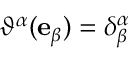
\vartheta ^ { \alpha } ( \mathbf { e } _ { \beta } ) = \delta _ { \beta } ^ { \alpha }